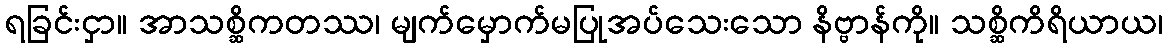
ရခြင်းငှာ။ အာသစ္ဆိကတဿ၊ မျက်မှောက်မပြုအပ်သေးသော နိဗ္ဗာန်ကို။ သစ္ဆိကိရိယာယ၊